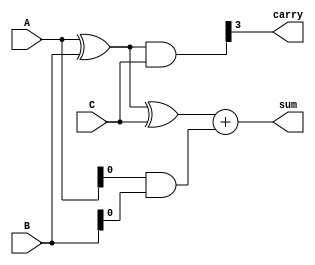
module RCSA (
    input [3:0] A, // First operand
    input [3:0] B, // Second operand
    input [3:0] C, // Third operand
    output [4:0] sum, // Final sum output (5 bits to account for carry)
    output carry // Final carry output
);

    // Intermediate wire declarations
    wire [3:0] sum1;  // First CSA sum output
    wire [3:0] carry1; // First CSA carry output
    wire [3:0] sum2;  // Second CSA sum output
    wire [3:0] carry2; // Second CSA carry output

    // First Carry Save Adder (CSA) for A and B
    assign sum1 = A ^ B;         // Sum for the first CSA
    assign carry1 = A & B;       // Carry for the first CSA

    // Second Carry Save Adder (CSA) for sum1 and C
    assign sum2 = sum1 ^ C;      // Sum for the second CSA
    assign carry2 = sum1 & C;    // Carry for the second CSA

    // Ripple Carry Adder to add the intermediate sum and carry
    wire [4:0] final_carry; // Final carry generation for RCA
    assign final_carry[0] = carry1[0]; // Initial carry from first CSA
    assign final_carry[1] = carry1[1] + carry2[0];  // RCA carry propagation
    assign final_carry[2] = carry1[2] + carry2[1];  // RCA carry propagation
    assign final_carry[3] = carry1[3] + carry2[2];  // RCA carry propagation
    assign final_carry[4] = carry2[3];               // Final carry from last CSA

    // Final sum computation
    assign sum = sum2 + final_carry[0];

    // Final carry output
    assign carry = final_carry[4];

endmodule